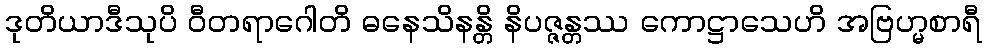
ဒုတိယာဒီသုပိ ဝီတရာဂေါတိ ဓနေသိနန္တိ နိပဇ္ဇန္တဿ ကောဋ္ဌာသေဟိ အဗြဟ္မစာရီ